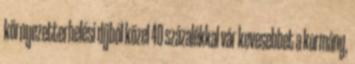
környezetterhelési díjból közel 40 százalékkal vár kevesebbet a kormány,